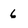
Character: 6